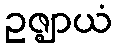
ဥဇ္ဈာယံ